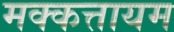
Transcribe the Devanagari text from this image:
मक्कत्तायम